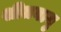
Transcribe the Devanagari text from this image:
शीतवायु